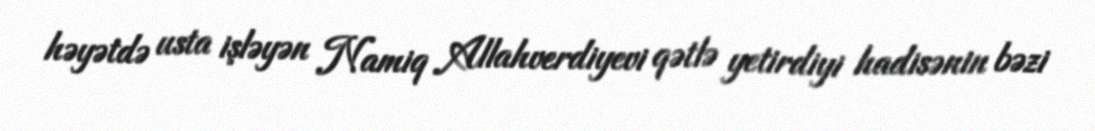
həyətdə usta işləyən Namiq Allahverdiyevi qətlə yetirdiyi hadisənin bəzi